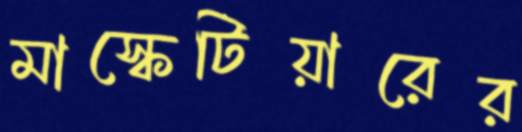
মাস্কেটিয়ারের